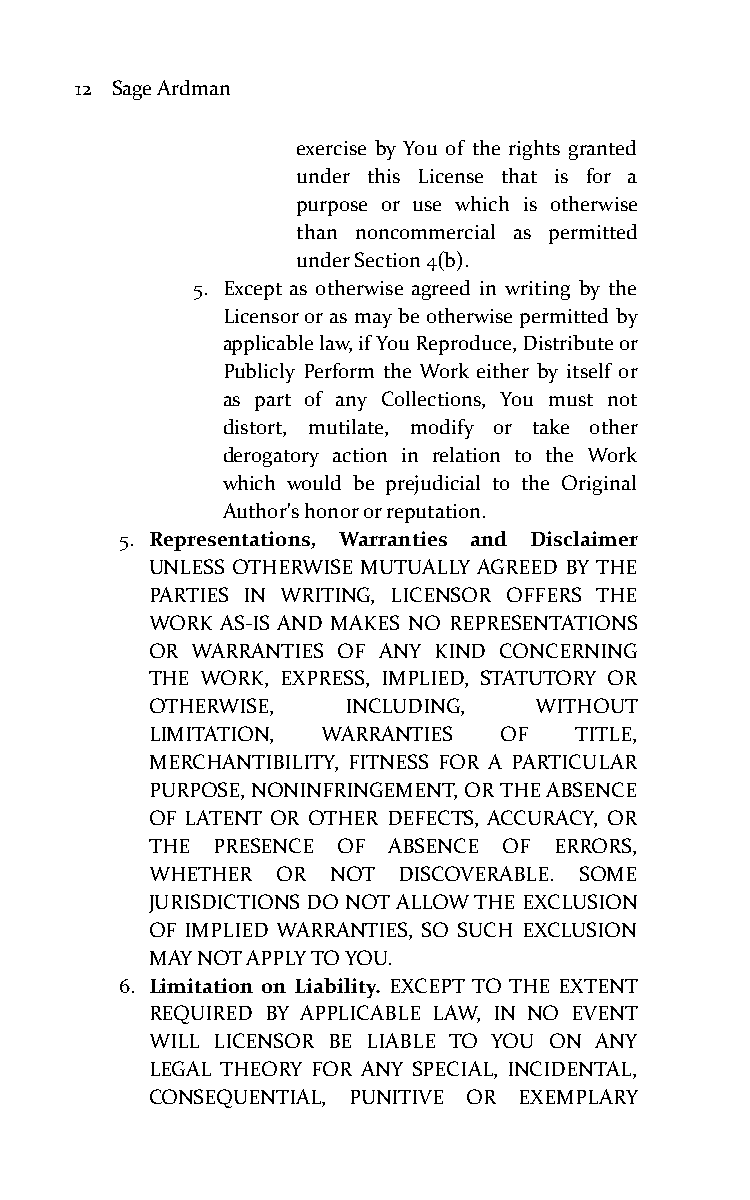
12 Sage Ardman
 exercise by You of the rights granted
 under this License that is for a
 purpose or use which is otherwise
 than noncommercial as permitted
 under Section 4(b).
 5. Except as otherwise agreed in writing by the
 Licensor or as may be otherwise permitted by
 applicable law, if You Reproduce, Distribute or
 Publicly Perform the Work either by itself or
 as part of any Collections, You must not
 distort, mutilate, modify or take other
 derogatory action in relation to the Work
 which would be prejudicial to the Original
 Author's honor or reputation.
 5. Representations, Warranties and Disclaimer
 UNLESS OTHERWISE MUTUALLY AGREED BY THE
 PARTIES IN WRITING, LICENSOR OFFERS THE
 WORK AS-IS AND MAKES NO REPRESENTATIONS
 OR WARRANTIES OF ANY KIND CONCERNING
 THE WORK, EXPRESS, IMPLIED, STATUTORY OR
 OTHERWISE,   INCLUDING,  WITHOUT
 LIMITATION, WARRANTIES OF   TITLE,
 MERCHANTIBILITY, FITNESS FOR A PARTICULAR
 PURPOSE, NONINFRINGEMENT, OR THE ABSENCE
 OF LATENT OR OTHER DEFECTS, ACCURACY, OR
 THE PRESENCE OF ABSENCE OF ERRORS,
 WHETHER OR  NOT DISCOVERABLE. SOME
 JURISDICTIONS DO NOT ALLOW THE EXCLUSION
 OF IMPLIED WARRANTIES, SO SUCH EXCLUSION
 MAY NOT APPLY TO YOU.
 6. Limitation on Liability. EXCEPT TO THE EXTENT
 REQUIRED BY APPLICABLE LAW, IN NO EVENT
 WILL LICENSOR BE LIABLE TO YOU ON ANY
 LEGAL THEORY FOR ANY SPECIAL, INCIDENTAL,
 CONSEQUENTIAL, PUNITIVE OR EXEMPLARY